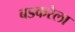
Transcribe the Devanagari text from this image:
बडकरेला